342_HS1-416511228_319.1 Flying Discs 1949
Agency: Department of War
Incident date: 1/9/50
Page 72
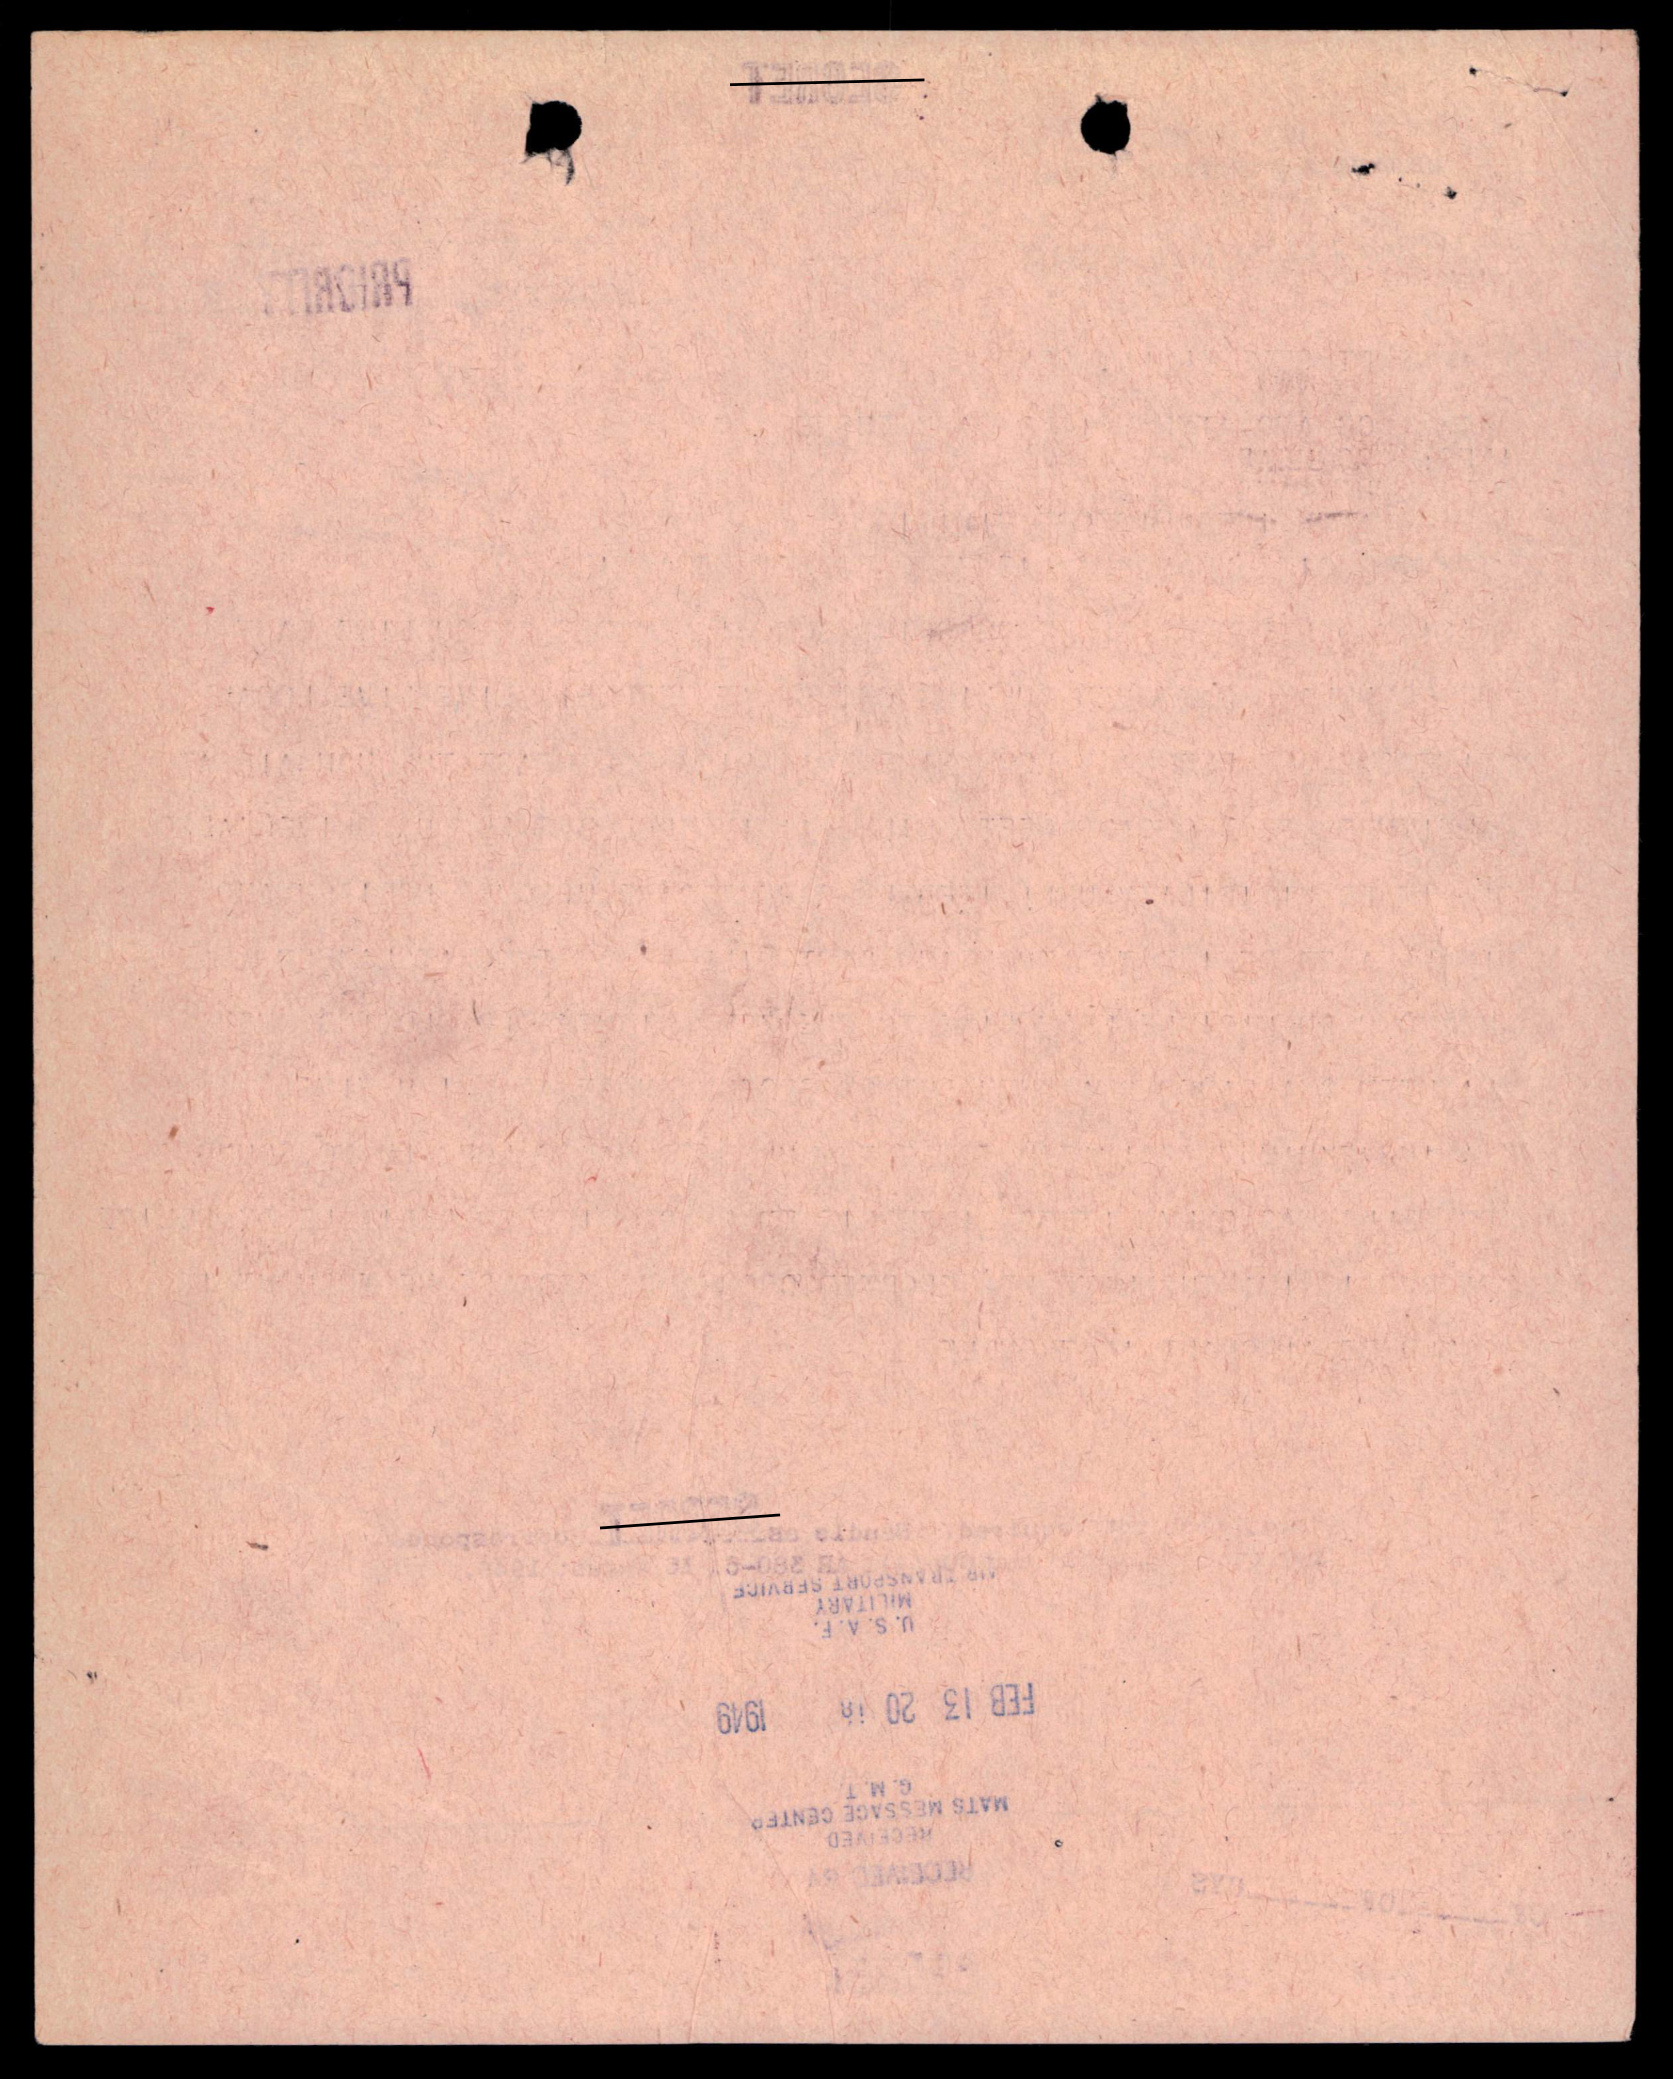